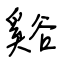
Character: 谿